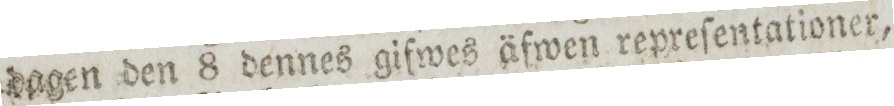
dagen den 8 dennes gifwes äfwen repreſentationer,